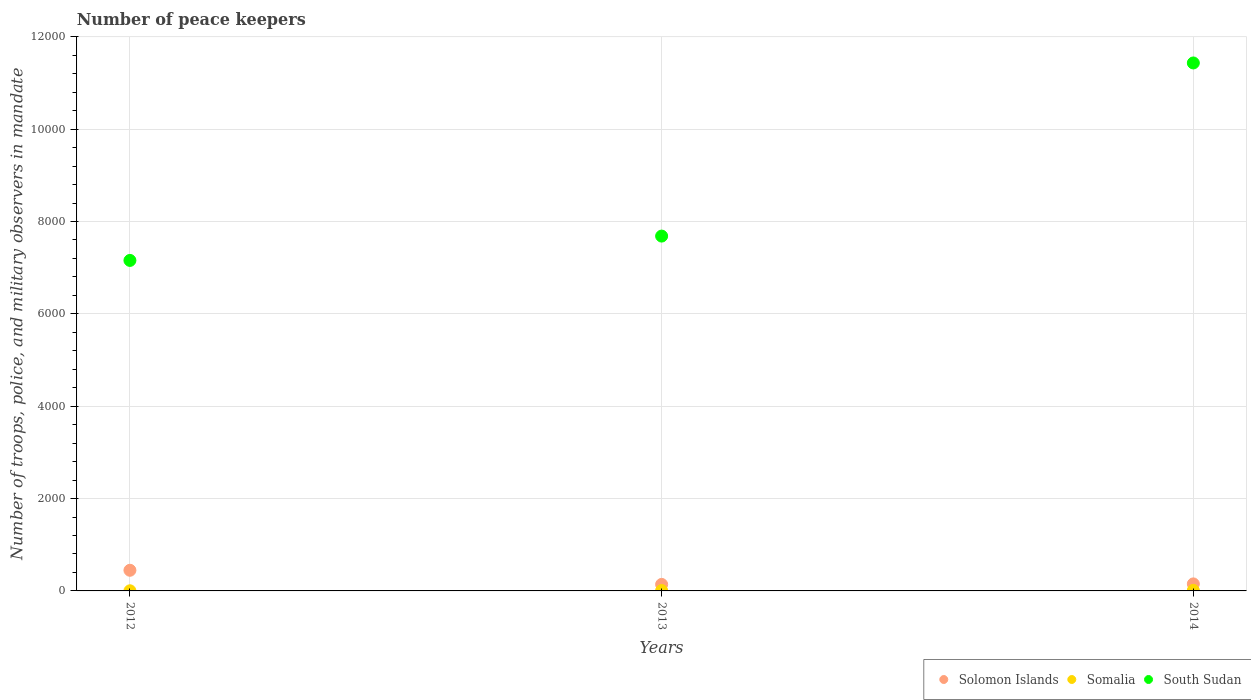
| Years | Solomon Islands | Somalia | South Sudan |
 | --- | --- | --- | --- |
 | 2012 | 447 | 3 | 7.16e+03 |
 | 2013 | 141 | 9 | 7.68e+03 |
 | 2014 | 152 | 12 | 1.14e+04 |